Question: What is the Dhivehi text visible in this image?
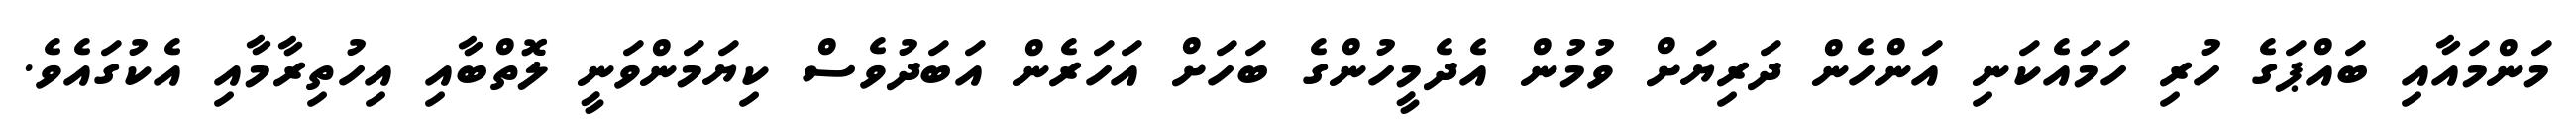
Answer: މަންމައާއި ބައްޕަގެ ހުރި ހަމައެކަނި އަންހެން ދަރިޔަށް ވުމުން އެދެމީހުންގެ ބަހަށް އަހަރެން އަބަދުވެސް ކިޔަމަންވަނީ ލޮތްބާއި އިހުތިރާމާއި އެކުގައެވެ.